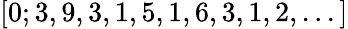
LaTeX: [0;3,9,3,1,5,1,6,3,1,2,...]